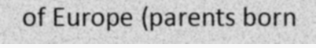
of Europe (parents born